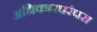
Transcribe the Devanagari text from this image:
अधिकारपरंपरा